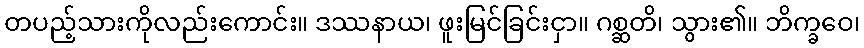
တပည့်သားကိုလည်းကောင်း။ ဒဿနာယ၊ ဖူးမြင်ခြင်းငှာ။ ဂစ္ဆတိ၊ သွား၏။ ဘိက္ခဝေ၊